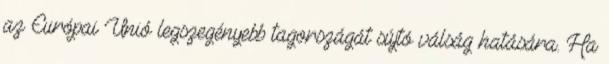
az Európai Unió legszegényebb tagországát sújtó válság hatására. Ha